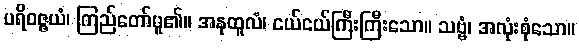
ပရိဝဇ္ဇယံ၊ ကြည်တော်မူ၏။ အနုထူလံ၊ ငယ်ငယ်ကြီးကြီးသော။ သဗ္ဗံ၊ အလုံးစုံသော။